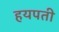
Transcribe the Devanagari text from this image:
हयपती